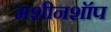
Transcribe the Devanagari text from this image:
मशीनशॉप